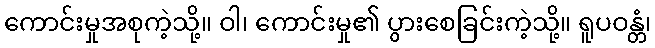
ကောင်းမှုအစုကဲ့သို့။ ဝါ၊ ကောင်းမှု၏ ပွားစေခြင်းကဲ့သို့။ ရူပဝန္တံ၊